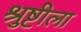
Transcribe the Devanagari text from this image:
श्रुष्टीला